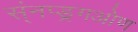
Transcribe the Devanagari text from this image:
स्ंनप्ड्रगओण